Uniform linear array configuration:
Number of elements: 24
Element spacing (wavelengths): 0.25
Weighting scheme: kaiser
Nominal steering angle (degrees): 30
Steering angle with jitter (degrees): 28.223
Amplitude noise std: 0.05
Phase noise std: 0.05

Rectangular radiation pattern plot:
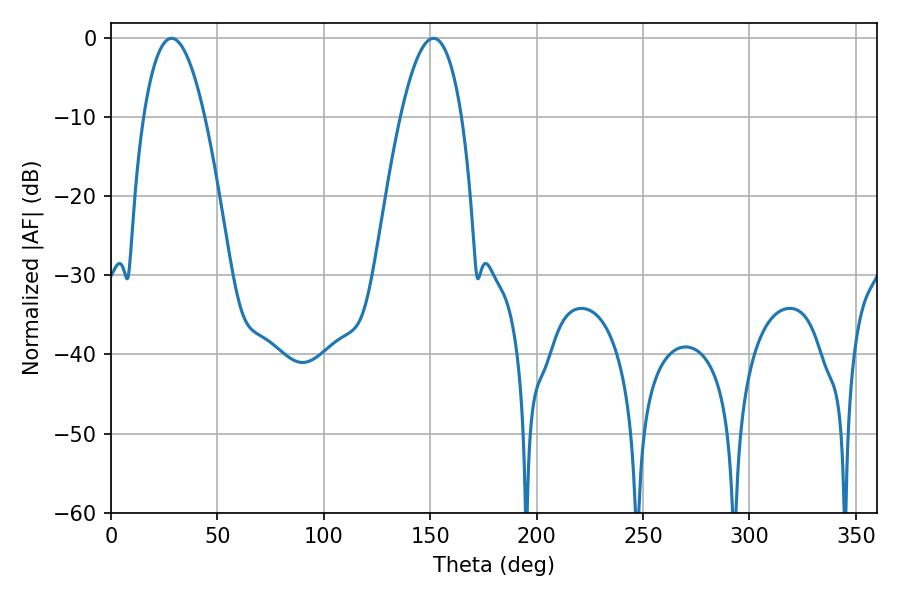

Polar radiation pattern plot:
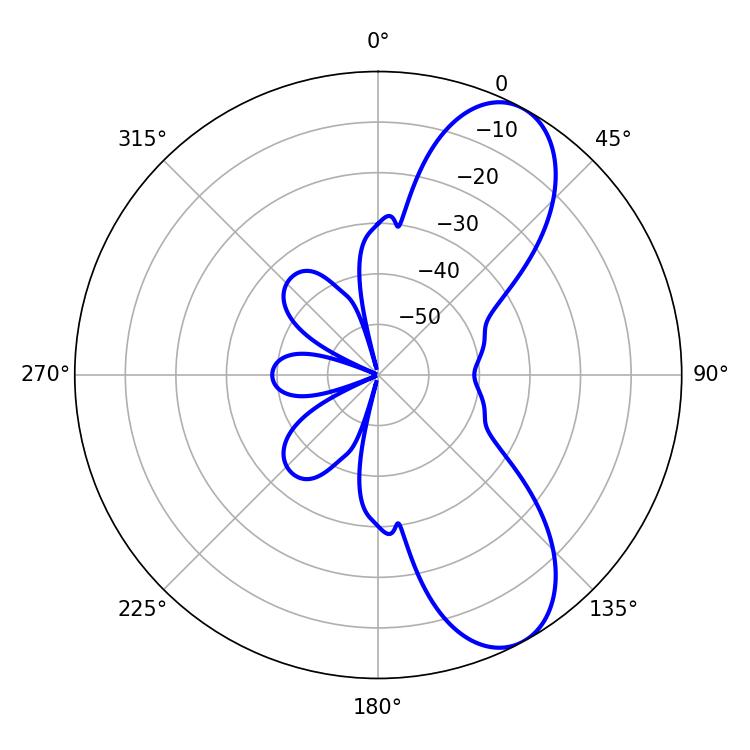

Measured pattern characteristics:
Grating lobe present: FALSE
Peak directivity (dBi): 8.428
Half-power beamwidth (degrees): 15.84
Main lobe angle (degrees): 28.44